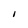
Character: I